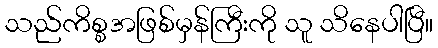
သည်ကိစ္စအဖြစ်မှန်ကြီးကို သူ သိနေပါပြီ။